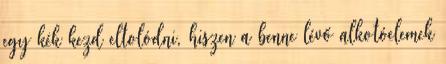
egy kék kezd eltolódni, hiszen a benne lévő alkotóelemek